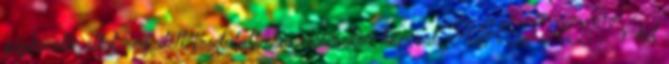
gépkezelő által rögzített fordulatszám elérésekor kapcsol. A HEXACTIV két